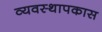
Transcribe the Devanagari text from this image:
व्यवस्थापकास